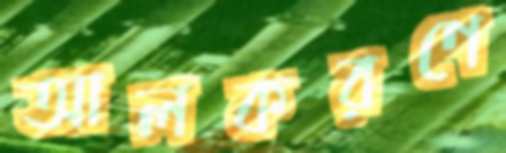
আলকরণে